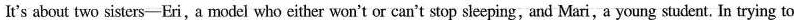
It's about two sisters-Eri,a model who either won't or can't stop sleeping, and Mari, a young student, In trying to